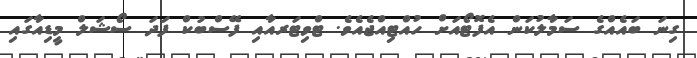
ގިނަ ބައެއްގެ ސަމާލުކަން އެފޮޓޯއަށް ހުއްޓިއްޖެއެވެ. ޓްވިޓަރއާއި ފޭސްބުކް ފަދަ ސޯޝަލް މީޑިއާގައި